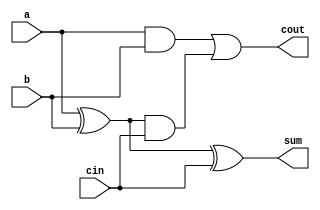
// Create module full_adder
module full_adder (input a, b, cin, output cout, sum);

	// Declare wires for full adder
	wire half_carry_ab, half_sum, half_carry_cin;

	// Create logic gates
	and (half_carry_ab, a, b);
	xor (half_sum, a, b);
	and (half_carry_cin, half_sum, cin);
	xor (sum, half_sum, cin);
	or (cout, half_carry_ab, half_carry_cin);

endmodule

// Create module for two bit adder 
module two_bit_adder(input [1:0] a, b, input cin, output [1:0] sum, output cout);

	// Declare wires for two bit adder
	wire carry;

	// Make instances of full_adder module to create two bit adder
	full_adder zero(.a(a[0]), .b(b[0]), .cin(cin), .sum(sum[0]), .cout(carry));
	full_adder one(.a(a[1]), .b(b[1]), .cin(carry), .sum(sum[1]), .cout(cout));

endmodule